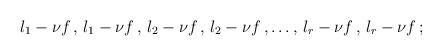
LaTeX: \begin{align*}\l_1 - \nu f\,,\, \l_1 - \nu f\,,\, \l_2 - \nu f\,,\, \l_2 - \nu f\,, \ldots ,\,\l_{r} - \nu f \,,\, \l_{r} - \nu f\, ;\end{align*}